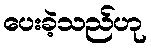
ပေးခဲ့သည်ဟု